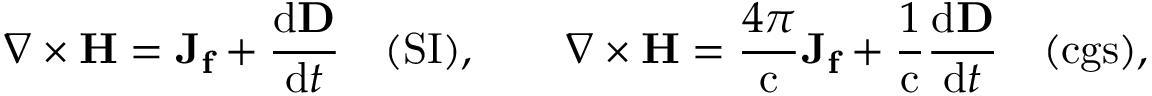
\nabla \times \mathbf { H } = \mathbf { J _ { f } } + { \frac { \mathrm { d } \mathbf { D } } { \mathrm { d } t } } \quad { \mathrm { ( S I ) } } , \qquad \nabla \times \mathbf { H } = { \frac { 4 \pi } { \mathrm { c } } } \mathbf { J _ { f } } + { \frac { 1 } { \mathrm { c } } } { \frac { \mathrm { d } \mathbf { D } } { \mathrm { d } t } } \quad { \mathrm { ( c g s ) } } ,